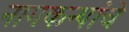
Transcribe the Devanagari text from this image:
नागकन्यांचे